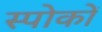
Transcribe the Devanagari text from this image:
स्पोकों